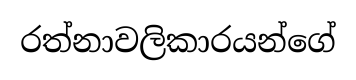
රත්නාවලිකාරයන්ගේ